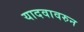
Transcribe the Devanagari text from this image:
यादवावरुन